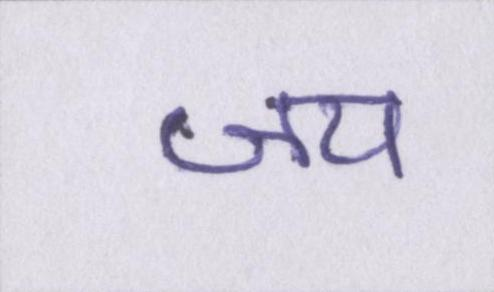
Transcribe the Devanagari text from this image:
जय